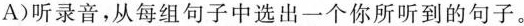
A)听录音，从每组句子中选出一个你所听到的句子.。